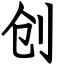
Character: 创